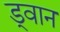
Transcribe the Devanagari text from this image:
ड्वान